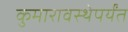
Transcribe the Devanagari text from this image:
कुमारावस्थेपर्यंत